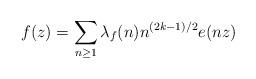
LaTeX: \begin{align*}f(z)=\sum_{n\geq 1}\lambda_f(n)n^{(2k-1)/2}e(nz)\end{align*}